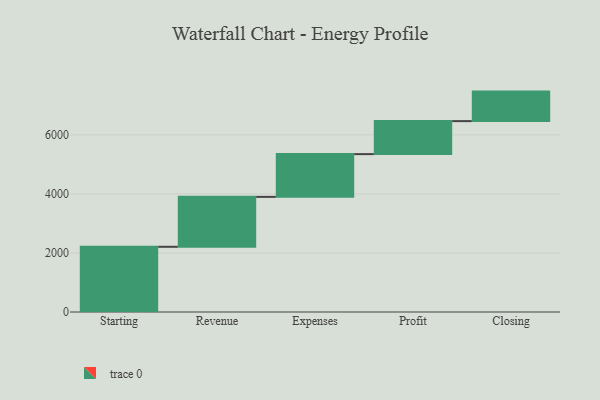
{"axis": {"x": "Step", "y": "Value"}, "legend": [""], "data": [{"x": "Starting", "y": 2209.0, "type": ""}, {"x": "Revenue", "y": 1691.0, "type": ""}, {"x": "Expenses", "y": 1448.0, "type": ""}, {"x": "Profit", "y": 1118.0, "type": ""}, {"x": "Closing", "y": 1000, "type": ""}]}